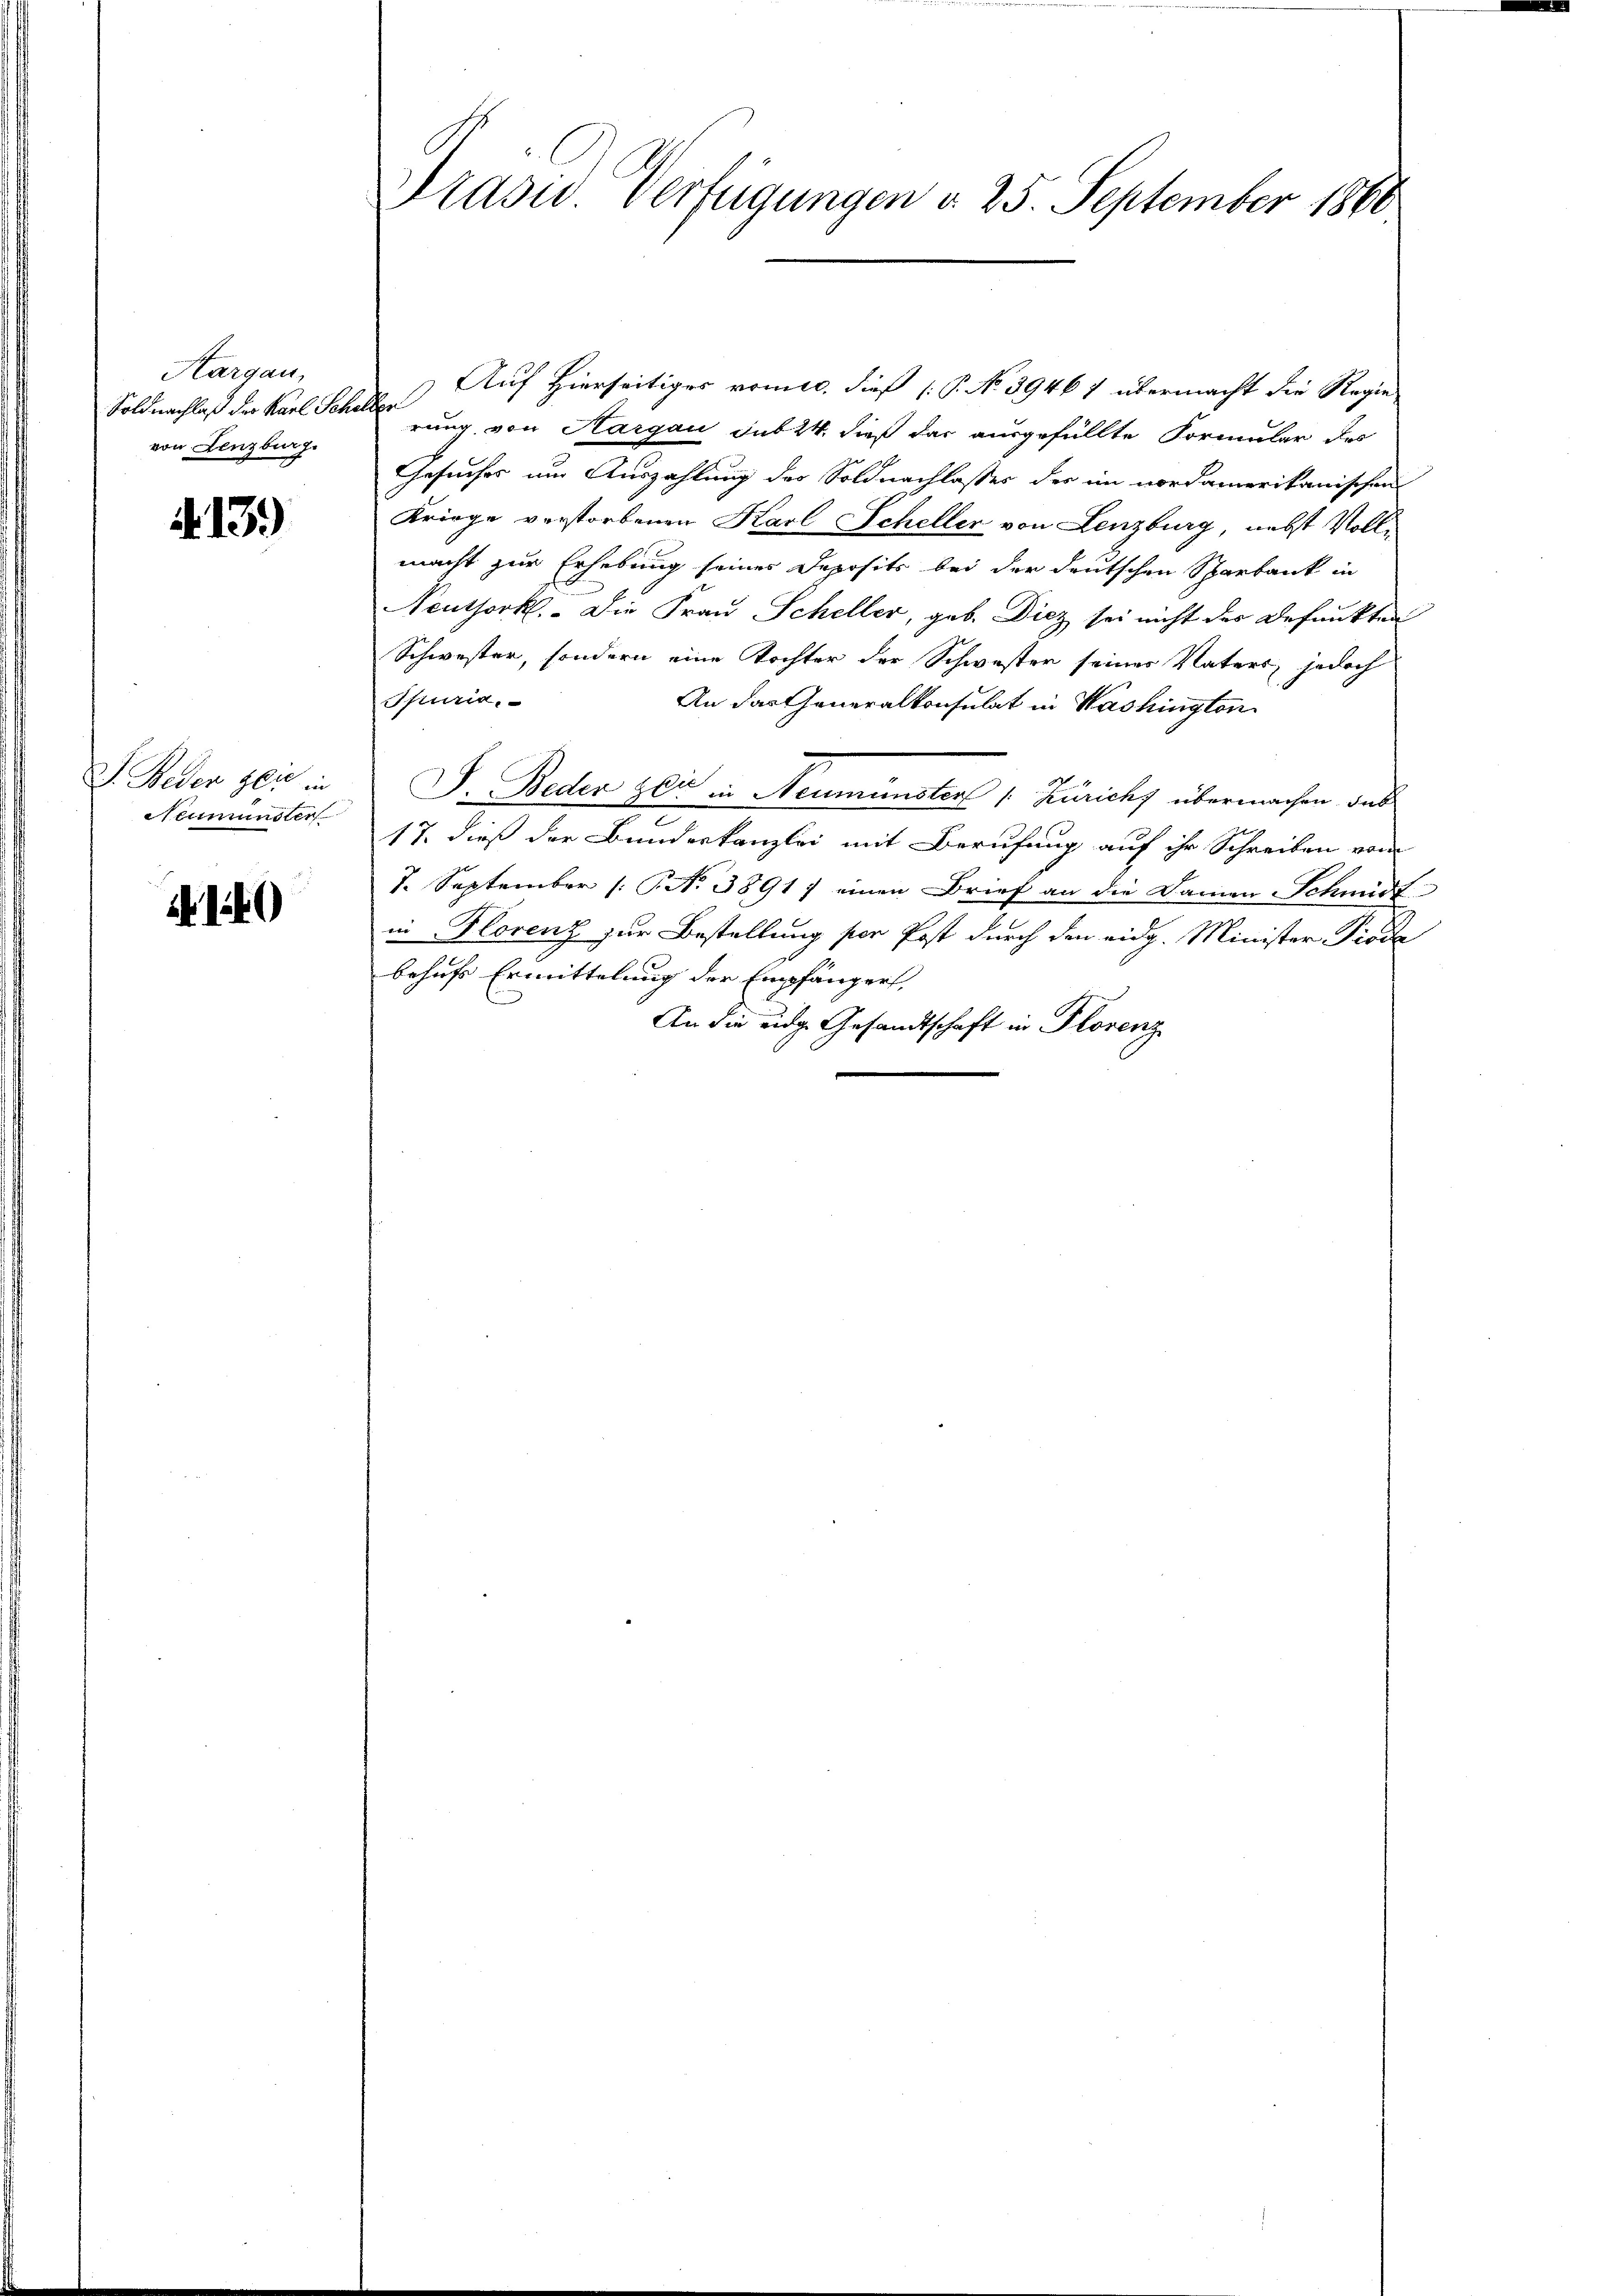
Aargau,
Foldnachlaß der Karl Schelter
von Lenzburg.

Ao. 139)

J. Beder Zeit in
Neumünster

Prasus Verfügungen d. 25. September 1860

Auf Hierseitiges vomie, dieß (P. No 39467 übermacht die Regie
rung von Hargau sub 24, dieß das ausgefüllte Formular des
Gesuches um Auszahlung des Soldnachlasses der im nordamerikanischen
Kriege verstorbenen Karl Scheller von Lenzburg, nebst Vollmacht zur Erhebung seines Deposits bei der deutschen Sparbank in
Neuthork. Die Frau Scheller, geb. Diez sei nicht der Befunkten
Schwester, sondern eine Tochter der Schwester seines Vaters, jedoch
Spuria.
An das Generalkonsulat in Washington
J. Beden sei in Neumünstens 1 Züricht übermachen, das
17. dieß der Bundeskanzlei mit Berufung auf ihr Schreiben vom
1. September (: No 3891) einen Brief an die Damen Schmidt
in Florenz zur Bestellung per Post durch den eidg. Minister Pioda
behufs Ermittelung der Empfängers,
An die eidge Gesandtschaft in Florenz